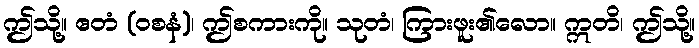
ဤသို့။ ဧတံ (ဝစနံ)၊ ဤစကားကို။ သုတံ၊ ကြားဖူး၏လော။ ဣတိ၊ ဤသို့။